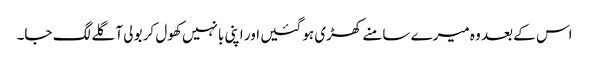
اس کے بعد وہ میرے سامنے کھڑی ہو گئیں اور اپنی بانہیں کھول کر بولی آ گلے لگ جا۔